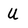
Character: U